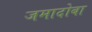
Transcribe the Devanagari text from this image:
जमादोबा